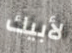
لأبيك